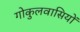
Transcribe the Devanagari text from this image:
गोकुलवासियों